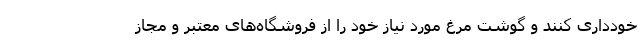
خودداری کنند و گوشت مرغ مورد نیاز خود را از فروشگاه‌های معتبر و مجاز